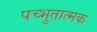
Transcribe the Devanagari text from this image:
पच्भुतात्मक